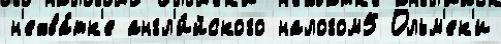
н'ехва́тк'е англ'и́йского налогом5 Ольм'ек'и